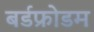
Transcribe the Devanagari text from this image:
बर्डफ्राेेडम